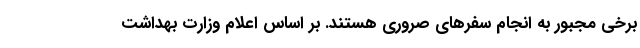
برخی مجبور به انجام سفرهای صروری هستند. بر اساس اعلام وزارت بهداشت